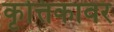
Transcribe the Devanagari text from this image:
कृत्तिकावर